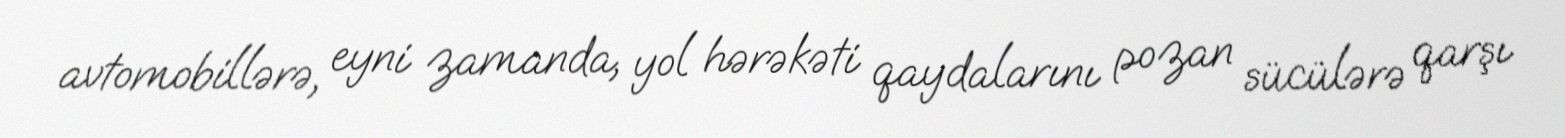
avtomobillərə, eyni zamanda, yol hərəkəti qaydalarını pozan sücülərə qarşı